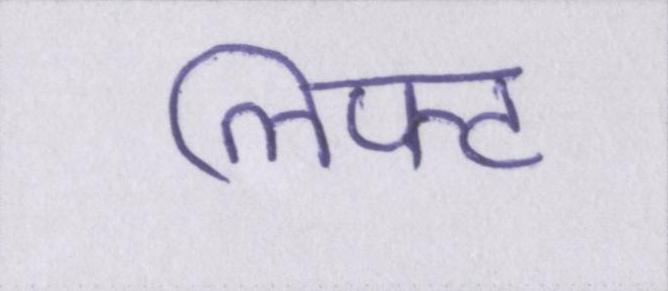
लिफ्ट